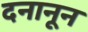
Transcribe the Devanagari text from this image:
दनानून